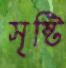
সৃষ্টি